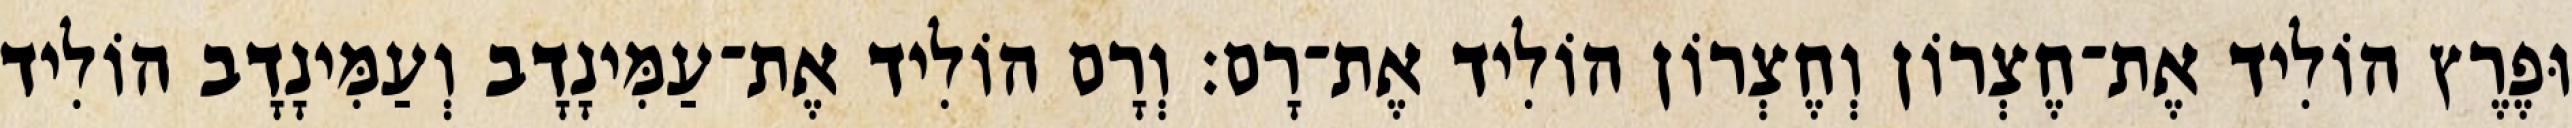
וּפֶרֶץ הוֹלִיד אֶת־חֶצְרוֹן וְחֶצְרוֹן הוֹלִיד אֶת־רָם׃ וְרָם הוֹלִיד אֶת־עַמִּינָדָב וְעַמִּינָדָב הוֹלִיד